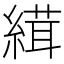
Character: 縙